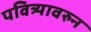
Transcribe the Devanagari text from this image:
पवित्र्यावरुन